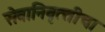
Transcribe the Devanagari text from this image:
सेवानिवृत्‍तीचा